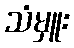
သံမှူး